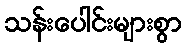
သန်းပေါင်းများစွာ